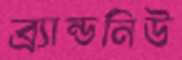
ব্র্যান্ডনিউ